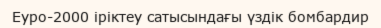
Еуро-2000 іріктеу сатысындағы үздік бомбардир